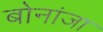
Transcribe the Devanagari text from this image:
बोनांजा